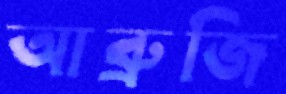
আব্রুজি